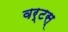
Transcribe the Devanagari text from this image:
वर्टस्